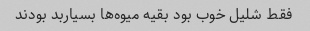
فقط شلیل خوب بود بقیه میوه‌ها بسیاربد بودند